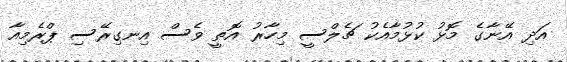
އަދި އޭނާގެ މޮޅު ކުޅުމާއެކު ޗެލްސީ މިހާރު އޮތީ ވެސް އިނގިރޭސި ޕްރެމިއާ